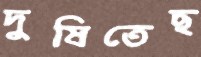
দুষিতেছ